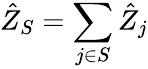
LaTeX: \hat{Z}_{S}=\sum_{j\in S}\hat{Z}_{j}